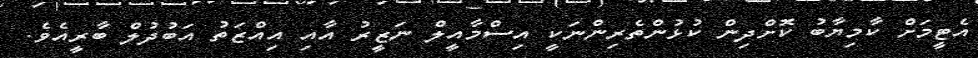
އެޓީމަށް ކާމިޔާބު ކޮށްދިން ކުޅުންތެރިންނަކީ އިސްމާއީލް ނަޒީރު އާއި އިއްޒަތު އަބުދުލް ބާރީއެވެ.